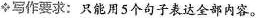
◆写作要求：只能用5个句子表达全部内容。